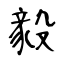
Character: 毅